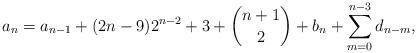
LaTeX: \begin{align*}a_n=a_{n-1}+(2n-9)2^{n-2}+3+\binom{n+1}{2}+b_n+\sum_{m=0}^{n-3}d_{n-m},\end{align*}